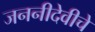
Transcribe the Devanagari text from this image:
जननीदेवीचे